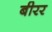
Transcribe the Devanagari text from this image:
बीरर